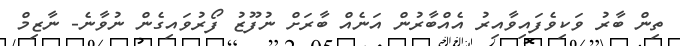
ތިން ބާރު ވަކިވެފައިވާއިރު އެއްބާރުން އަނެއް ބާރަށް ނުފޫޒު ފޯރުވައިގެން ނުވާނެ- ނާޒިމް